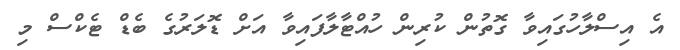
އެ އިސްލާހުގައިވާ ގޮތުން ކުރިން ހުއްޓާލާފައިވާ އަށް ޑޮލަރުގެ ބެޑް ޓެކްސް މި